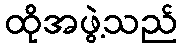
ထိုအဖွဲ့သည်